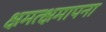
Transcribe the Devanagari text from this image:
क्षमत्क्षमापना